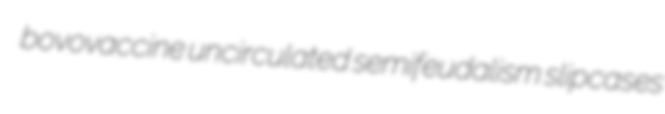
bovovaccine uncirculated semifeudalism slipcases